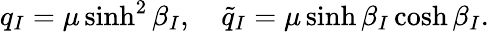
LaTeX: q_{I}=\mu\sinh^{2}\beta_{I},\quad\tilde{q}_{I}=\mu\sinh\beta_{I}\cosh\beta_{I}.